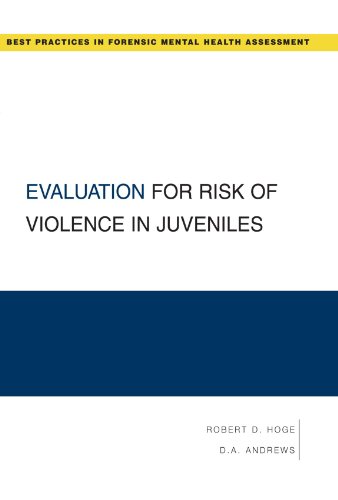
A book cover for Evaluation for Risk of Violence in Juveniles (Best Practices for Forensic Mental Health Assessments); Robert Hoge; Medical Books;